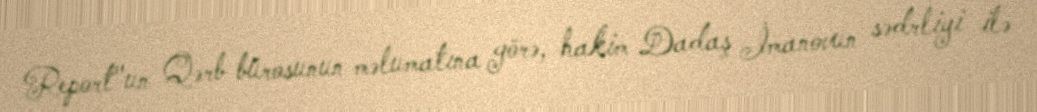
Report"un Qərb bürosunun məlumatına görə, hakim Dadaş İmanovun sədrliyi ilə